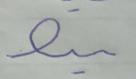
Signature authenticity: forged